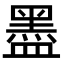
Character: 𥂮